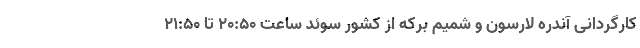
کارگردانی آندره لارسون و شمیم برکه از کشور سوئد ساعت ۲۰:۵۰ تا ۲۱:۵۰